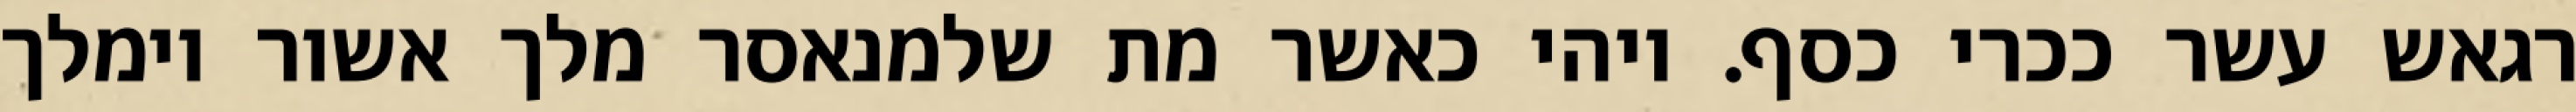
רגאש עשר ככרי כסף. ויהי כאשר מת שלמנאסר מלך אשור וימלך